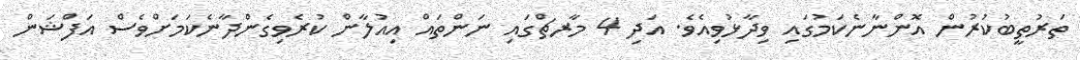
ތަރުތީބުކުރުން އޮންނާނެކަމުގައި ވިދާޅުވިއެވެ. އަދި 4 މާރޗްގައި ނަންތައް އިއުލާން ކުރެވިގެންދާނެކަމަށްވެސް އަފްޝަން